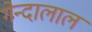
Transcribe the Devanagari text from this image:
गेन्दालाल